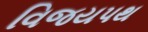
વિજયપથ